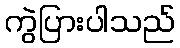
ကွဲပြားပါသည်